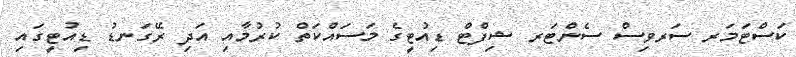
ކަސްޓަމަރ ސަރވިސް ސެންޓަރ ޝިފްޓް ޑިއުޓީގެ މަސައްކަތް ކުރުމާއި އަދި ރޭގަނޑު ޑިއުޓީގައި